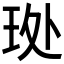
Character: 𮴊